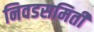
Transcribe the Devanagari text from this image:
निवडसमिती